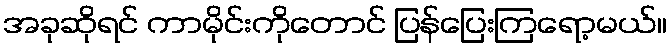
အခုဆိုရင် ကာမိုင်းကိုတောင် ပြန်ပြေးကြရော့မယ်။